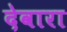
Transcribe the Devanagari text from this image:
देवारा